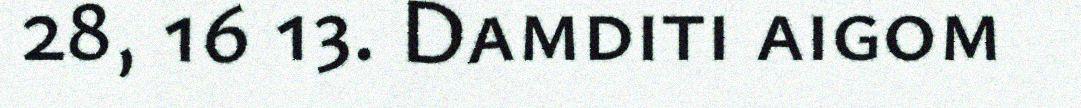
28, 16 13. Damditi aigom